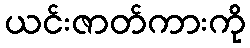
ယင်းဇာတ်ကားကို